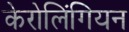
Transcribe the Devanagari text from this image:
केरोलिंगियन